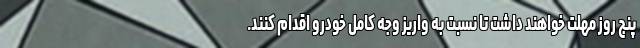
پنج روز مهلت خواهند داشت تا نسبت به واریز وجه کامل خودرو اقدام کنند.